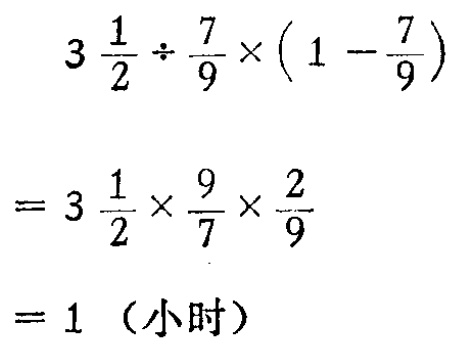
\[

\begin{align*}

&3\frac{1}{2}\div\frac{7}{9}\times(1 - \frac{7}{9})\\

=&3\frac{1}{2}\times\frac{9}{7}\times\frac{2}{9}\\

=&1 \text{（小时）}

\end{align*}

\]